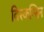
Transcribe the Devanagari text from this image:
विस्कन्सिन